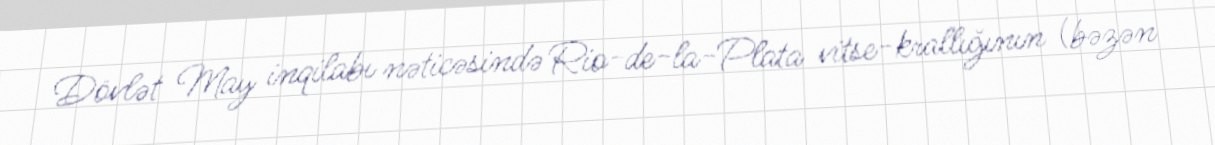
Dövlət May inqilabı nəticəsində Rio-de-la-Plata vitse-krallığının (bəzən